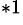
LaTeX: ^{*1}